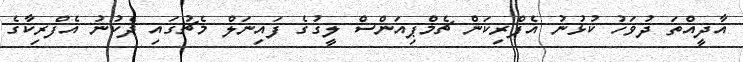
އާދީއްތަ ދުވަހު ކުޅުނު އެފްރިކަން ޗެމްޕިއަންސް ލީގުގެ ފައިނަލް މެޗުގައި ދެކުނު އެފްރިކާގެ